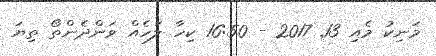
މަނިކު މެއި 13